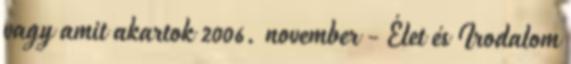
vagy amit akartok 2006. november - Élet és Irodalom